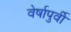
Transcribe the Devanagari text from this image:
वेर्षापुर्वी